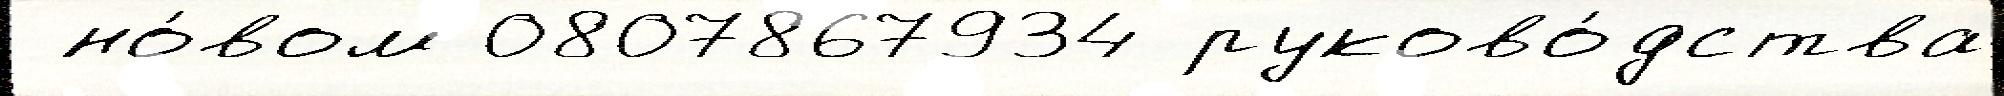
 но́вом 0807867934 руково́дства